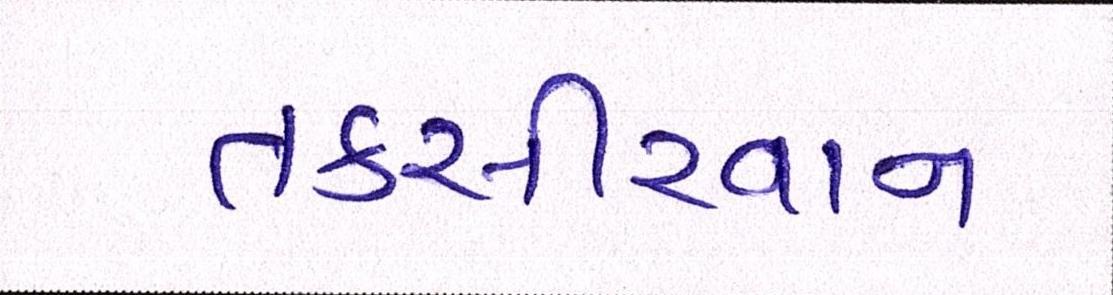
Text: તકસીરવાન